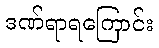
ဒဏ်ရာရကြောင်း